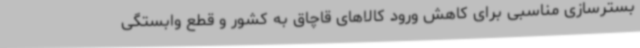
بسترسازی مناسبی برای کاهش ورود کالاهای قاچاق به کشور و قطع وابستگی